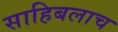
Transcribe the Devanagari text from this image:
साहिबलाच